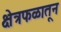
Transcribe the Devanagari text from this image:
क्षेत्रफळातून